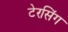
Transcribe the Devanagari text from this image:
टेरसिंग